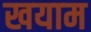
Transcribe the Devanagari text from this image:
खयाम